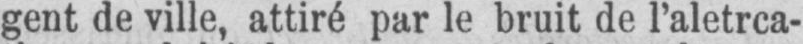
gent de ville, attiré par le bruit de l’aletrca-